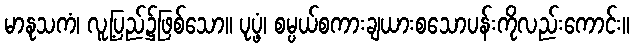
မာနုသကံ၊ လူ့ပြည်၌ဖြစ်သော။ ပုပ္ဖံ၊ စမ္ပယ်စကားချယားစသောပန်းကိုလည်းကောင်း။